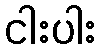
ငါးပါး